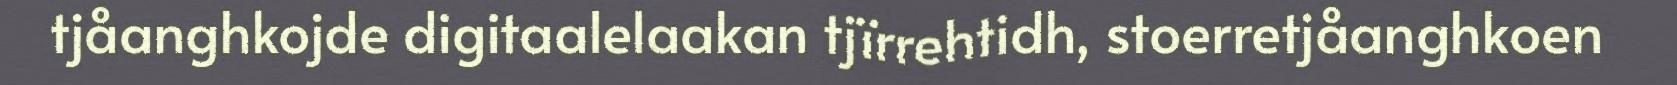
tjåanghkojde digitaalelaakan tjïrrehtidh, stoerretjåanghkoen